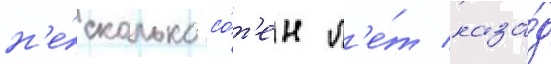
н'е́сколько со́т'ен л'е́т наза́д